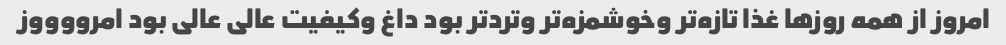
امروز‌ از همه روزها غذا تازه‌تر و‌خوشمزه‌تر و‌تردتر بود داغ و‌کیفیت عالی عالی بود امرووووز